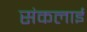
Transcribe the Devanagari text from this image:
संकलाई